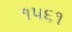
૧૫૬૧